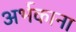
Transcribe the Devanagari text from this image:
अर्भकाना